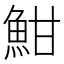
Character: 魽